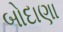
બોદાણા